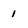
Character: 1